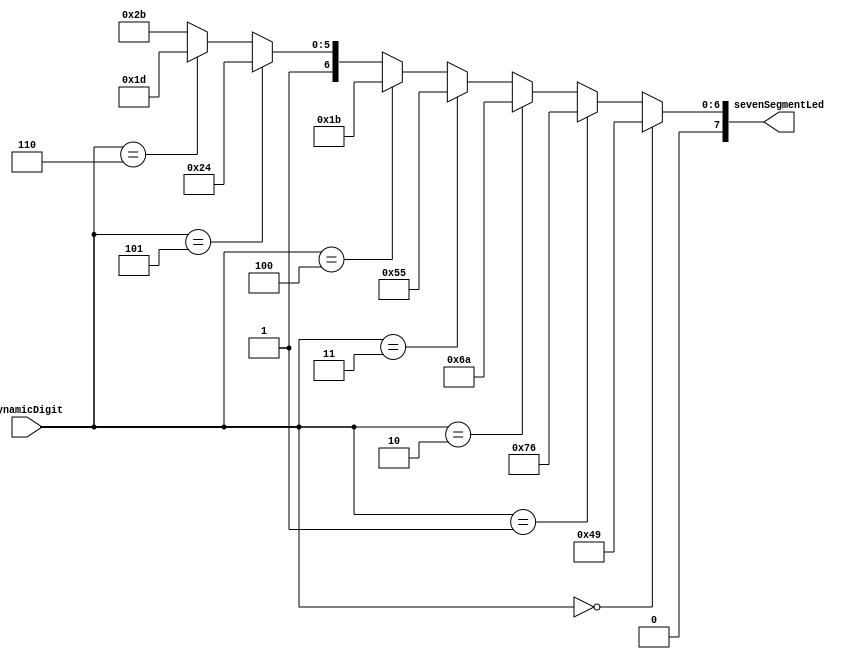
/* -----------------------------------------------------
 *  _Ci~bN_3rbgoA7ZOLEDKp^[\
 *       (DisplayPatternDecoder.v)
 * ----------------------------------------------------- */
 
module DisplayPatternDecoder(dynamicDigit, sevenSegmentLed);
    input [2:0] dynamicDigit;
    output [7:0] sevenSegmentLed;
    
    assign sevenSegmentLed =     (dynamicDigit == 3'b000) ? 8'b01001001:
                     (dynamicDigit == 3'b001) ? 8'b01110110:
                     (dynamicDigit == 3'b010) ? 8'b01101010:
                     (dynamicDigit == 3'b011) ? 8'b01010101:
                     (dynamicDigit == 3'b100) ? 8'b00011011:
                     (dynamicDigit == 3'b101) ? 8'b01100100:
                     (dynamicDigit == 3'b110) ? 8'b01011101:
                                         8'b01101011;
endmodule